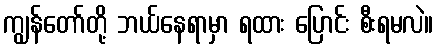
ကျွန်တော်တို့ ဘယ်နေရာမှာ ရထား ပြောင်း စီးရမလဲ။